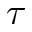
\tau